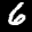
Label: 6